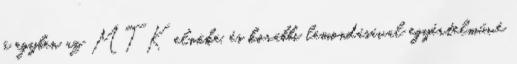
ő egyben az MTK elnöke, és korábbi lemondásával egyértelművé